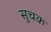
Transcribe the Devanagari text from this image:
सुचक